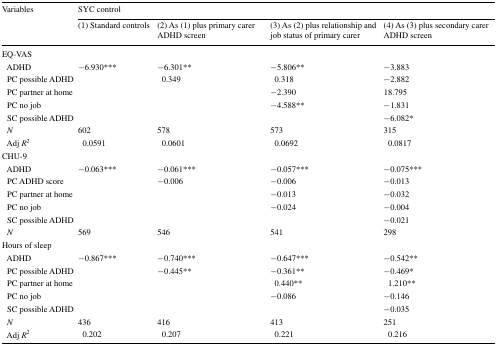
<table><thead><tr><td rowspan="2"><b>Variables</b></td><td colspan="4"><b>SYC control</b></td></tr><tr><td><b>(1) Standard controls</b></td><td><b>(2) As (1) plus primary carer ADHD screen</b></td><td><b>(3) As (2) plus relationship and job status of primary carer</b></td><td><b>(4) As (3) plus secondary carer ADHD screen</b></td></tr></thead><tbody><tr><td colspan="5">EQ-VAS</td></tr><tr><td> ADHD</td><td>−6.930***</td><td>−6.301**</td><td>−5.806**</td><td>−3.883</td></tr><tr><td> PC possible ADHD</td><td></td><td>0.349</td><td>0.318</td><td>−2.882</td></tr><tr><td> PC partner at home</td><td></td><td></td><td>−2.390</td><td>18.795</td></tr><tr><td> PC no job</td><td></td><td></td><td>−4.588**</td><td>−1.831</td></tr><tr><td> SC possible ADHD</td><td></td><td></td><td></td><td>−6.082*</td></tr><tr><td> <i>N</i></td><td>602</td><td>578</td><td>573</td><td>315</td></tr><tr><td> Adj <i>R</i><sup>2</sup></td><td>0.0591</td><td>0.0601</td><td>0.0692</td><td>0.0817</td></tr><tr><td colspan="5">CHU-9</td></tr><tr><td> ADHD</td><td>−0.063***</td><td>−0.061***</td><td>−0.057***</td><td>−0.075***</td></tr><tr><td> PC ADHD score</td><td></td><td>−0.006</td><td>−0.006</td><td>−0.013</td></tr><tr><td> PC partner at home</td><td></td><td></td><td>−0.013</td><td>−0.032</td></tr><tr><td> PC no job</td><td></td><td></td><td>−0.024</td><td>−0.004</td></tr><tr><td> SC possible ADHD</td><td></td><td></td><td></td><td>−0.021</td></tr><tr><td> <i>N</i></td><td>569</td><td>546</td><td>541</td><td>298</td></tr><tr><td colspan="5">Hours of sleep</td></tr><tr><td> ADHD</td><td>−0.867***</td><td>−0.740***</td><td>−0.647***</td><td>−0.542**</td></tr><tr><td> PC possible ADHD</td><td></td><td>−0.445**</td><td>−0.361**</td><td>−0.469*</td></tr><tr><td> PC partner at home</td><td></td><td></td><td>0.440**</td><td>1.210**</td></tr><tr><td> PC no job</td><td></td><td></td><td>−0.086</td><td>−0.146</td></tr><tr><td> SC possible ADHD</td><td></td><td></td><td></td><td>−0.035</td></tr><tr><td> <i>N</i></td><td>436</td><td>416</td><td>413</td><td>251</td></tr><tr><td> Adj <i>R</i><sup>2</sup></td><td>0.202</td><td>0.207</td><td>0.221</td><td>0.216</td></tr></tbody></table>